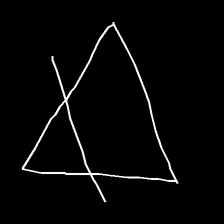
Glyph: empower